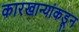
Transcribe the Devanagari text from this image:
कारखान्यांकडून